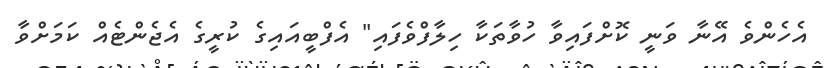
އެހެންވެ އޭނާ ވަނީ ކޮށްފައިވާ ހުވާތަކާ ހިލާފްވެފައި" އެފްބީއައިގެ ކުރީގެ އެޖެންޓެއް ކަމަށްވާ